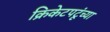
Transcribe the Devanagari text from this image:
क्रिकेटपटूंच्या